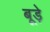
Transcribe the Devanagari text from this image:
बूड़े